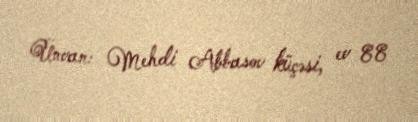
Ünvan: Mehdi Abbasov küçəsi, ev 88